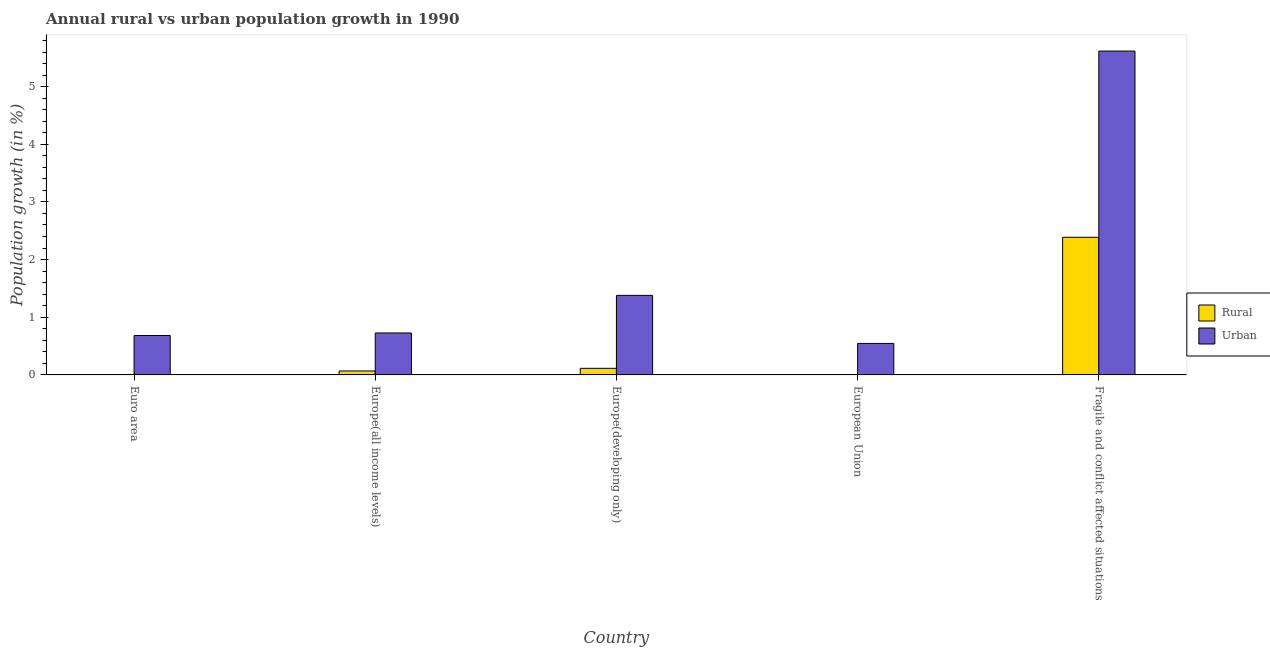
| Country | Rural | Urban  |
 | --- | --- | --- |
 | Euro area | -0.0762 | 0.683 |
 | Europe(all income levels) | 0.0687 | 0.727 |
 | Europe(developing only) | 0.114 | 1.38 |
 | European Union | -0.168 | 0.546 |
 | Fragile and conflict affected situations | 2.39 | 5.62 |